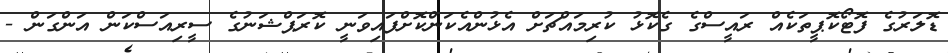
ޑޮލަރުގެ ފޮޓޯކޮޕީތަކެއް ރައީސްގެ ގެކޮޅު ކުރިމައްޗަށް އެޅުންއެކަންކޮށްފައިވަނީ ކޮރަޕްޝަނުގެ ސީރިއަސްކަން އަންގަން -